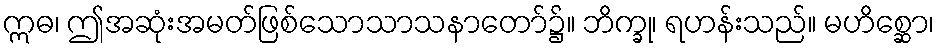
ဣဓ၊ ဤအဆုံးအမတ်ဖြစ်သောသာသနာတော်၌။ ဘိက္ခု၊ ရဟန်းသည်။ မဟိစ္ဆော၊